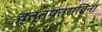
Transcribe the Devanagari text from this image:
वृत्तपत्राविना